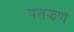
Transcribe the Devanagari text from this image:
पतझण